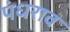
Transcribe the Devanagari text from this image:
पंधराव